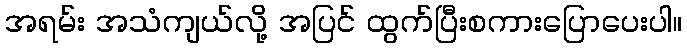
အရမ်း အသံကျယ်လို့ အပြင် ထွက်ပြီးစကားပြောပေးပါ။